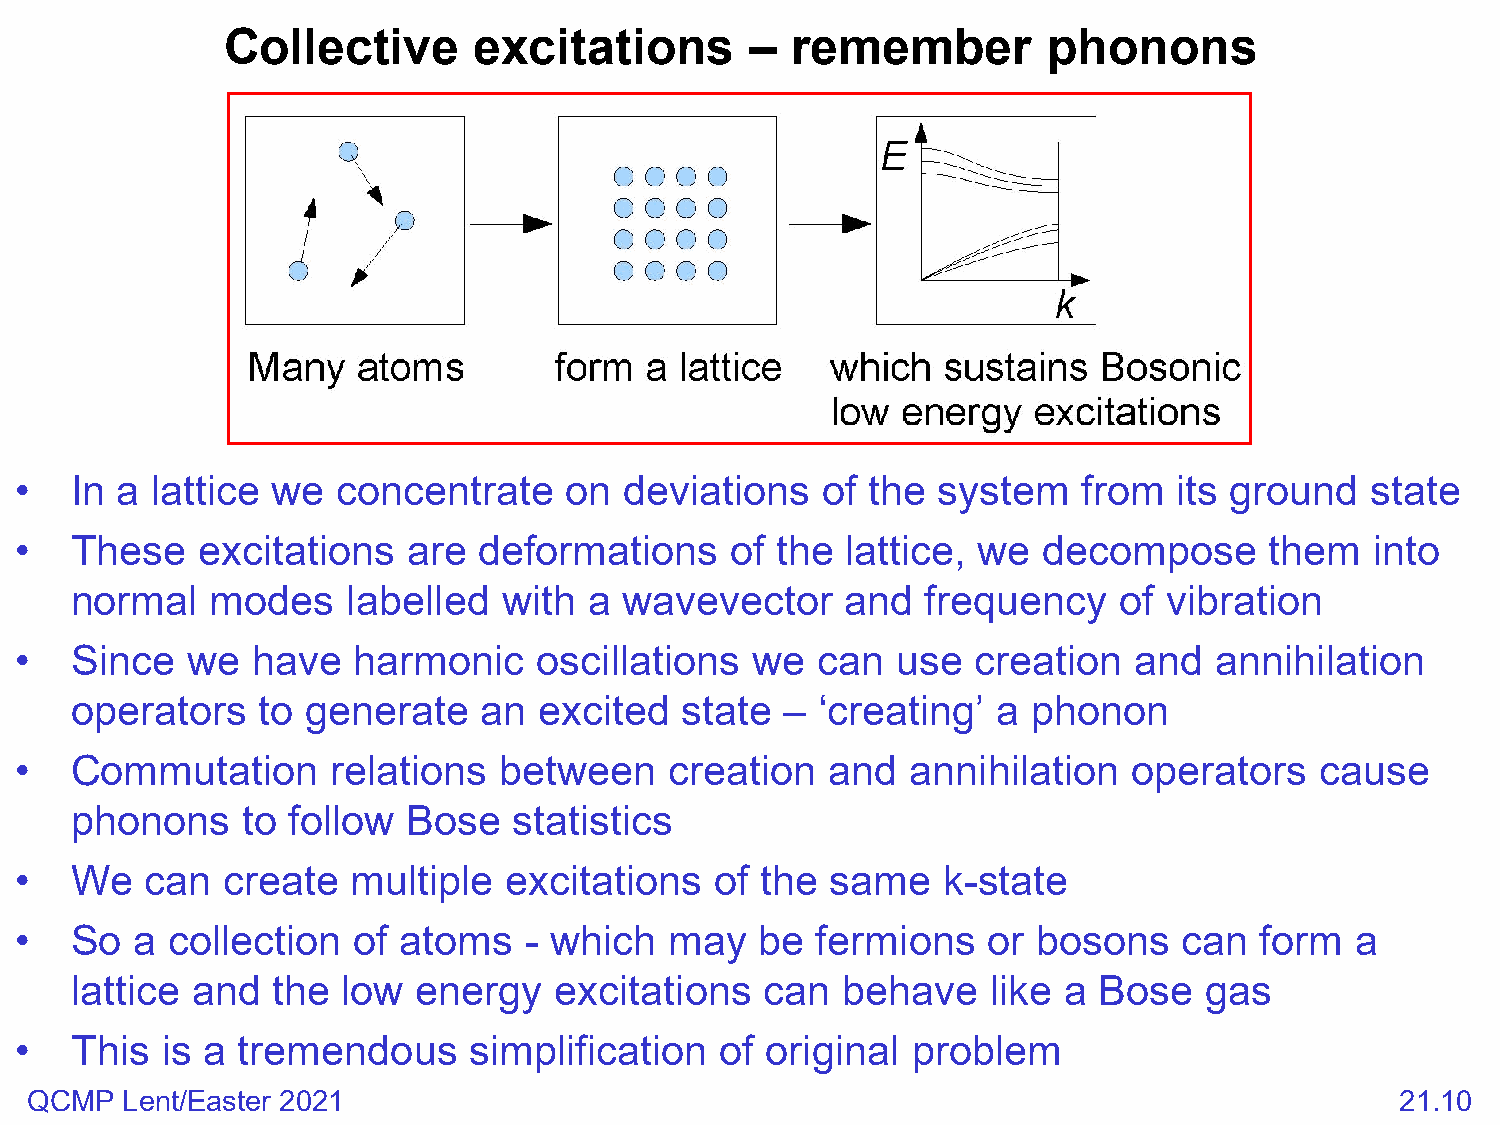
Collective      excitations        – remember         phonons
 •   In a lattice we  concentrate    on  deviations   of  the system    from  its ground   state
 •   These   excitations   are  deformations    of the  lattice, we  decompose      them   into
 normal   modes    labelled  with  a wavevector     and  frequency    of vibration
 •   Since  we   have  harmonic     oscillations  we  can  use  creation   and  annihilation
 operators   to generate    an  excited  state  – ‘creating’  a phonon
 •   Commutation      relations  between    creation   and  annihilation   operators   cause
 phonons    to follow  Bose   statistics
 •   We   can  create  multiple  excitations   of the  same   k-state
 •   So  a collection  of atoms    - which  may   be  fermions   or  bosons   can  form   a
 lattice and  the  low  energy   excitations   can  behave    like a Bose   gas
 •   This  is a tremendous     simplification   of original problem
 QCMP  Lent/Easter 2021                                                                     21.10